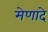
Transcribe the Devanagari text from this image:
मेणादे